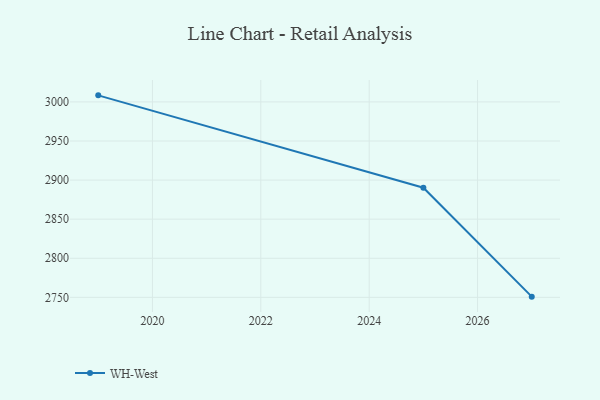
{"axis": {"x": "Year", "y": "Latency (ms)"}, "legend": ["WH-West"], "data": [{"x": "2027", "y": 2750.9, "type": "WH-West"}, {"x": "2025", "y": 2890.2, "type": "WH-West"}, {"x": "2019", "y": 3008.4, "type": "WH-West"}]}